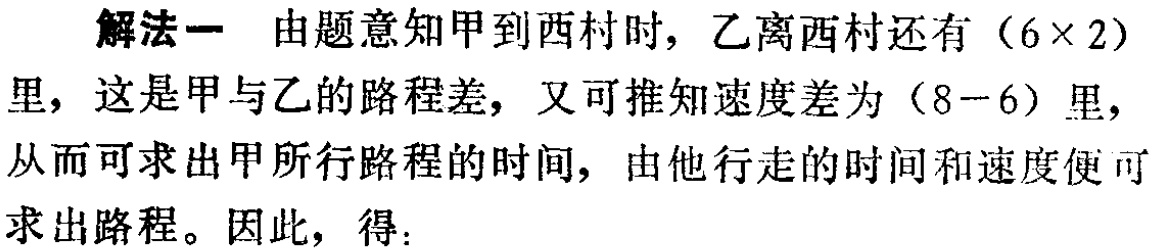
解法一 由题意知甲到西村时，乙离西村还有\((6\times 2)\)里，这是甲与乙的路程差，又可推知速度差为\((8 - 6)\)里，从而可求出甲所行路程的时间，由他行走的时间和速度便可求出路程。因此，得：